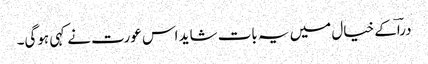
دراؔکے خیال میں یہ بات شاید اس عورت نے کہی ہوگی۔